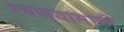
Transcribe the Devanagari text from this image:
रचण्यासाठी